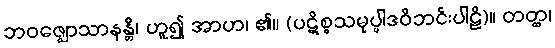
ဘဝဇ္ဈောသာနန္တိ၊ ဟူ၍ အာဟ၊ ၏။ (ပဋိစ္စသမုပ္ပါဒဝိဘင်းပါဠိ)။ တတ္ထ၊